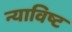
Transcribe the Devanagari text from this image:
न्याविष्ट